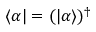
\langle \alpha | = ( | \alpha \rangle ) ^ { \dagger }